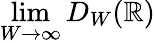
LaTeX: \operatorname*{lim}_{W\to\infty}D_{W}(\mathbb{R})